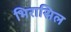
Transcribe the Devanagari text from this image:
भिरासिल